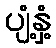
ပျံ့နှံ့